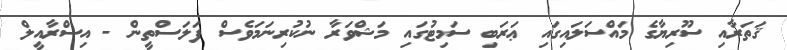
ޤަތަރާއި ސޫރިޔާގެ މައްސަލައިގައި ޢަރަބި ސަމިޓުގައި މަޝްވަރާ ނުކުރިނަމަވެސް ފަލަސްތީން - އިސްރާއީލް